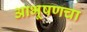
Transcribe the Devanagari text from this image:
आभूषणचा